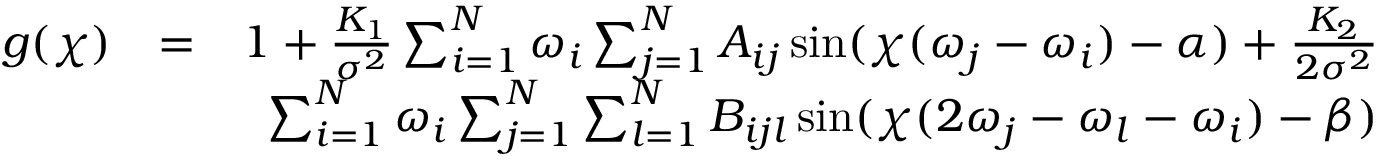
\begin{array} { r l r } { g ( \chi ) } & { = } & { 1 + \frac { K _ { 1 } } { \sigma ^ { 2 } } \sum _ { i = 1 } ^ { N } \omega _ { i } \sum _ { j = 1 } ^ { N } A _ { i j } \sin ( \chi ( \omega _ { j } - \omega _ { i } ) - \alpha ) + \frac { K _ { 2 } } { 2 \sigma ^ { 2 } } } \\ & { } & { \sum _ { i = 1 } ^ { N } \omega _ { i } \sum _ { j = 1 } ^ { N } \sum _ { l = 1 } ^ { N } B _ { i j l } \sin ( \chi ( 2 \omega _ { j } - \omega _ { l } - \omega _ { i } ) - \beta ) } \end{array}